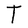
Character: T